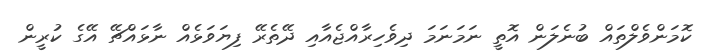
ކޮމަންވެލްތައް ބުނެލަން އޮތީ ނަމަނަމަ ދިވެހިރާއްޖެއާއި ދޭތެރޭ ފިޔަވަޅެއް ނާޅައްޗޭ އޭގެ ކުރީން